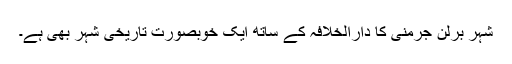
شہر برلن جرمنی کا دارالخلافہ کے ساتھ ایک خوبصورت تاریخی شہر بھی ہے۔